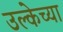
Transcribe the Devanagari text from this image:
उल्केच्या